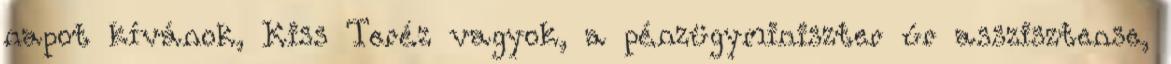
napot kívánok, Kiss Teréz vagyok, a pénzügyminiszter úr asszisztense,